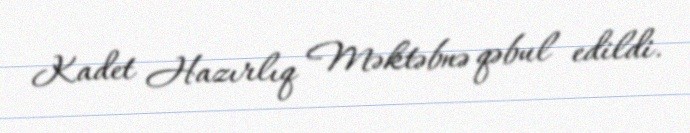
Kadet Hazırlıq Məktəbnə qəbul edildi.